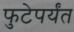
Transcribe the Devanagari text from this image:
फुटेपर्यंत